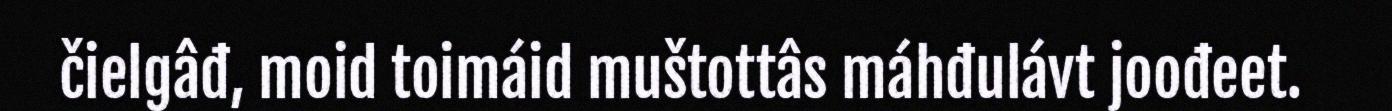
čielgâđ, moid toimáid muštottâs máhđulávt joođeet.